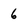
Character: 6